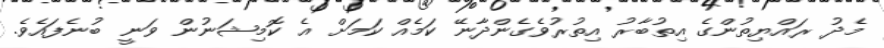
މެދު ރައްޔިތުންގެ އިތުބާރު އިތުރުވެގެންދާނޭ ކަމެއް ކަމަށް އެ ކޮމިޝަނުން ވަނީ ބުނެފައެވެ.